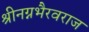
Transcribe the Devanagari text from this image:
श्रीनग्नभैरवराज